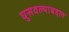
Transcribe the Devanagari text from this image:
घुसवल्याबद्दल